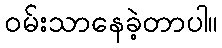
ဝမ်းသာနေခဲ့တာပါ။